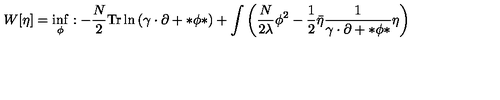
W [ \eta ] = \inf _ { \phi } : - \frac { N } { 2 } \mathrm { T r } \ln \left( \gamma \cdot \partial + * \phi * \right) + \int \left( \frac { N } { 2 \lambda } \phi ^ { 2 } - \frac { 1 } { 2 } \bar { \eta } \frac { 1 } { \gamma \cdot \partial + * \phi * } \eta \right)